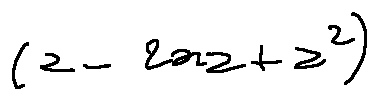
( z - 2 x z + z ^ { 2 } )